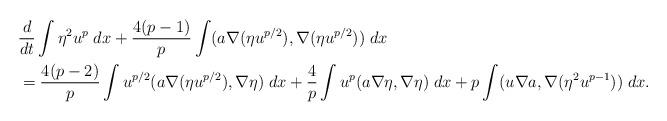
LaTeX: \begin{align*} & \frac{d}{dt}\int \eta^2 u^p\;dx + \frac{4(p-1)}{p}\int (a\nabla (\eta u^{p/2}),\nabla (\eta u^{p/2}))\;dx \\ & = \frac{4(p-2)}{p}\int u^{p/2}(a\nabla (\eta u^{p/2}),\nabla \eta)\;dx+\frac{4}{p}\int u^{p}(a\nabla \eta,\nabla \eta)\;dx+ p\int (u\nabla a,\nabla (\eta^2u^{p-1} ) )\;dx. \end{align*}